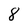
Character: 8